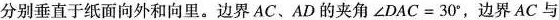
分别垂直于纸面向外和向里。边界AC、AD的夹角$$∠ D A C = 3 0 °$$，边界AC与